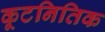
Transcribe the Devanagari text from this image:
कूटनितिक